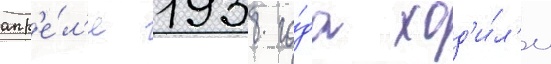
апр'е́л'е 1938 го́да ход'и́л'и